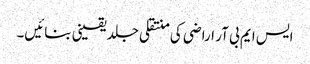
ایس ایم بی آر اراضی کی منتقلی جلد یقینی بنائیں۔